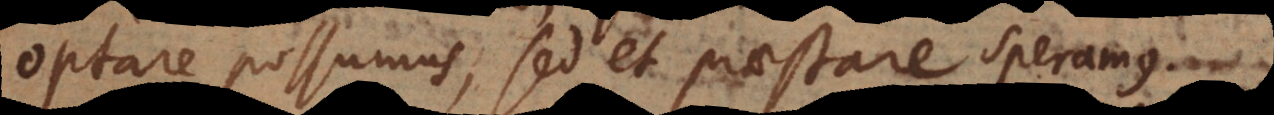
optare possumus, sed et praestare speramus.